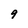
Character: 9